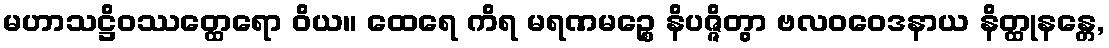
မဟာသဋ္ဌိဝဿတ္ထေရော ဝိယ။ ထေရေ ကိရ မရဏမဉ္စေ နိပဇ္ဇိတွာ ဗလဝဝေဒနာယ နိတ္ထုနန္တေ,